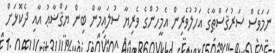
ނަމަވެސް ސަރުޤަސްޠާގެ އަހުލުވެރިން އެމީހުންގެ ވެރިޔާ ސުލައިމާން ބިން ޔަޤްޟާޢު އާއި ދެކޮޅަށް